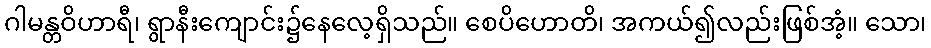
ဂါမန္တဝိဟာရီ၊ ရွာနီးကျောင်း၌နေလေ့ရှိသည်။ စေပိဟောတိ၊ အကယ်၍လည်းဖြစ်အံ့။ သော၊